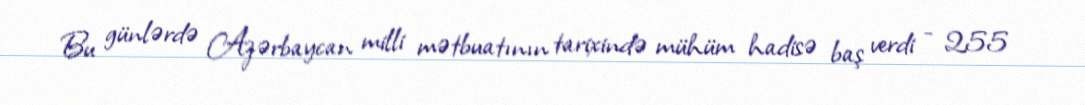
Bu günlərdə Azərbaycan milli mətbuatının tarixində mühüm hadisə baş verdi - 255